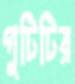
গুটিটির